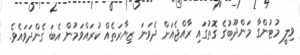
ވިލީ މުޓުންގާ މަންދޫބުގެ ގޮތުގައި ރާއްޖެއަށް ދެވަނަ ޒިޔާރަތެއް ކުރައްވަމުން އެބަ ގެންދަވައެވެ.